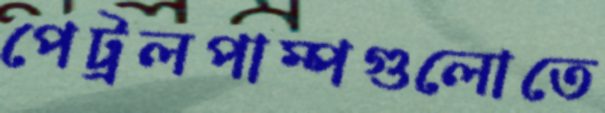
পেট্রলপাম্পগুলোতে